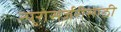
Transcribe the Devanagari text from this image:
न्युरोसर्जरीसाठी